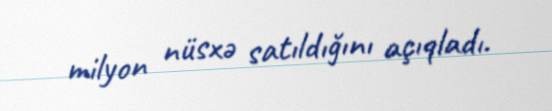
milyon nüsxə satıldığını açıqladı.